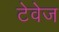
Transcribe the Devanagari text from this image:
टेवेज